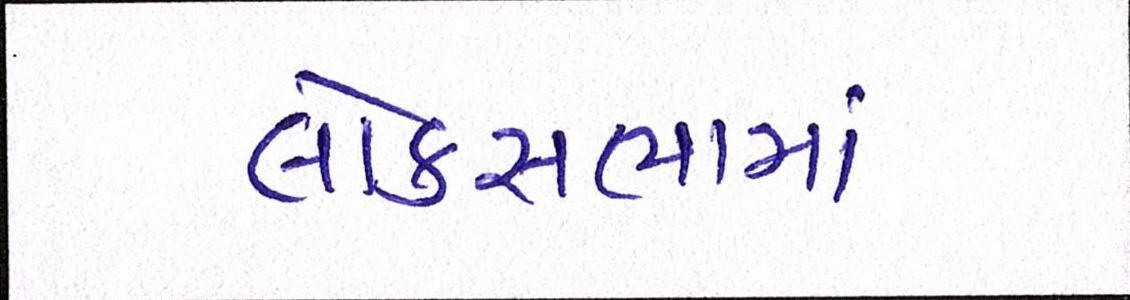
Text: લોકસભામાં